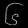
Digit: ၆